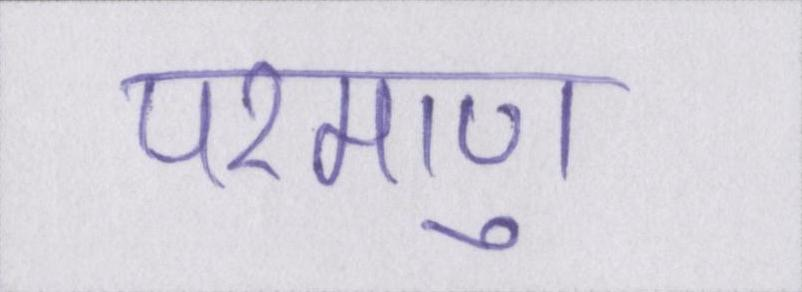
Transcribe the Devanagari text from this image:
परमाणु